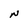
Character: N